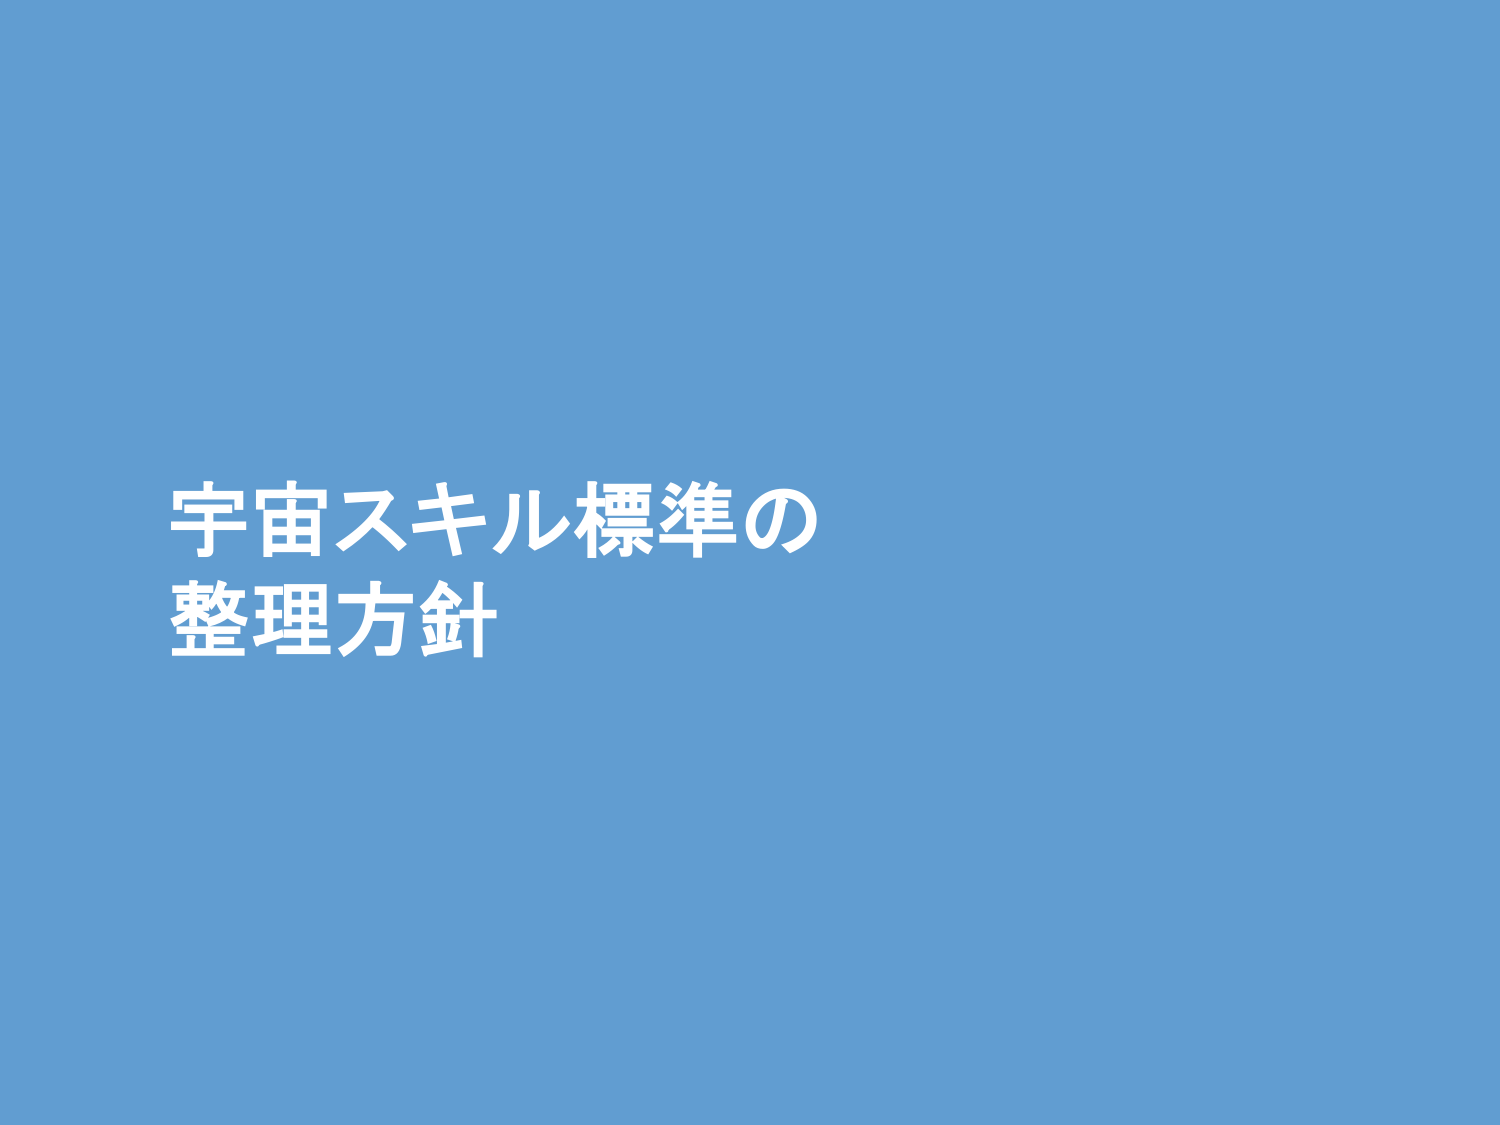
宇宙スキル標準の
整理方針